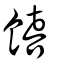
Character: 饎